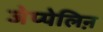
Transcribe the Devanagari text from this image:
जेप्पेलिऩ